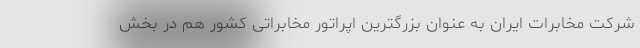
شرکت مخابرات ایران به عنوان بزرگترین اپراتور مخابراتی کشور هم در بخش